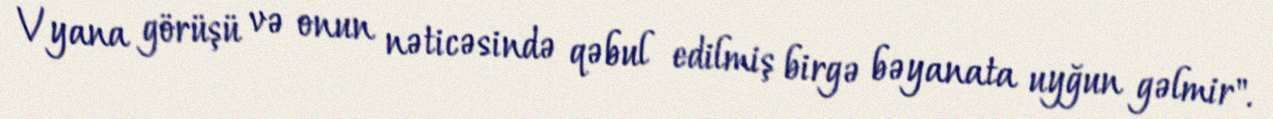
Vyana görüşü və onun nəticəsində qəbul edilmiş birgə bəyanata uyğun gəlmir".